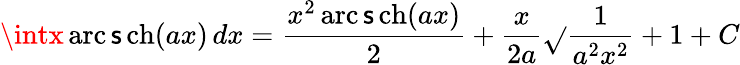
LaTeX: \intx\operatorname{arc\mathsf{s}ch}(ax)\, dx={\frac{{x^{2}\operatorname{arc\mathsf{s}ch}(ax)}}{{2}}}+{\frac{{x}}{{2a}}}{\sqrt{}{{{\frac{{1}}{{a^{2}x^{2}}}}+1}}}+C